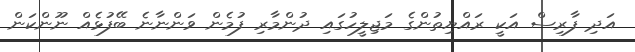
އަދި ފާރިސް އަކީ ރައްޔިތުންގެ މަޖިލީހުގައި ދުންމާރި ފުމެން ވަންނާނެ ބޭފުޅެއް ނޫންކަން